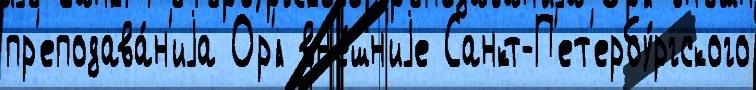
пр'еподава́н'иjа Ор'́л вн'е́шн'иjе Санкт-П'ет'ербу́ргского